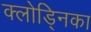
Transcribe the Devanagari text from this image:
क्लोड्निका